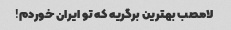
لامصب بهترین برگریه که تو ایران خوردم!